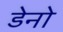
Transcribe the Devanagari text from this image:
डेनो